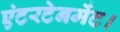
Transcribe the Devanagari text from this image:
एंटरटेनमेंट।